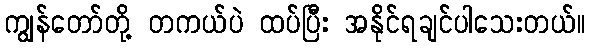
ကျွန်တော်တို့ တကယ်ပဲ ထပ်ပြီး အနိုင်ရချင်ပါသေးတယ်။